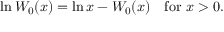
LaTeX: \ln W _ { 0 } ( x ) = \ln x - W _ { 0 } ( x ) \quad { \mathrm { f o r ~ } } x > 0 .